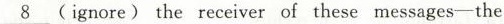
\underline{8} (ignore) the receiver of these messages-the